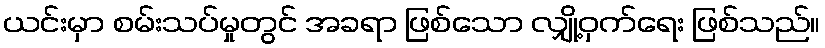
ယင်းမှာ စမ်းသပ်မှုတွင် အခရာ ဖြစ်သော လျှို့ဝှက်ရေး ဖြစ်သည်။